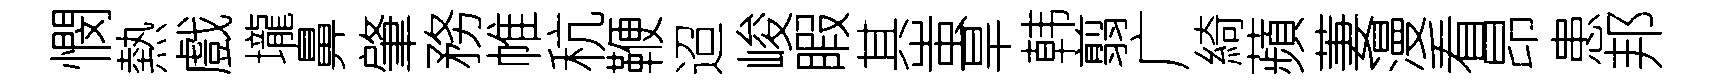
憫熱戲壠鼻肇務帷秔鞭迢峻睱其蚩旱韩翦广綺蘋萋漫看昂患邦